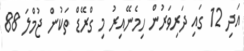
އަދި 12 ގައި ދަރިވަރުން ހިމެނޭއިރު މި ގްރޭޑް ތަކުން ޖުމްލަ 88